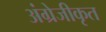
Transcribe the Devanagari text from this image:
अंग्रेजीकृत